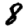
Digit: 8